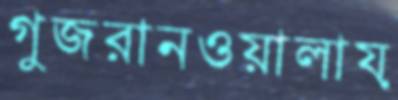
গুজরানওয়ালায়